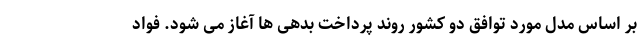
بر اساس مدل مورد توافق دو کشور روند پرداخت بدهی ها آغاز می شود. فواد